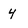
Character: 4